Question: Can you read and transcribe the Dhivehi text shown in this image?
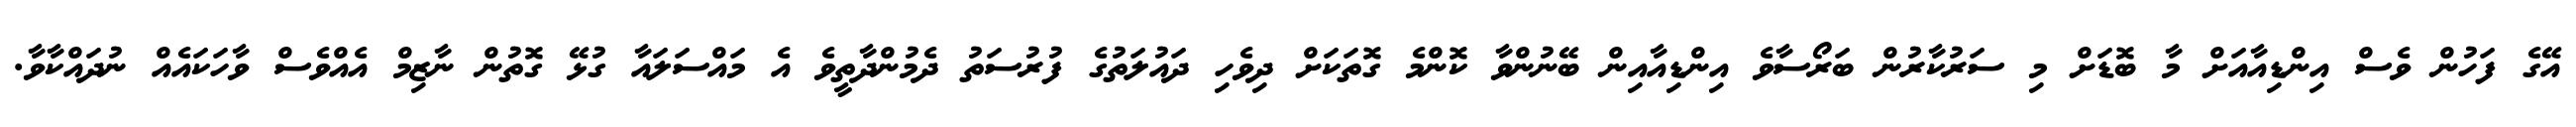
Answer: އޭގެ ފަހުން ވެސް އިންޑިއާއަށް މާ ބޮޑަށް މި ސަރުކާރުން ބަރޯސާވެ އިންޑިއާއިން ބޭނުންވާ ކޮންމެ ގޮތަކަށް ދިވެހި ދައުލަތުގެ ފުރުސަތު ދެމުންދާތީވެ އެ މައްސަލައާ ގުޅޭ ގޮތުން ނާޒިމް އެއްވެސް ވާހަކައެއް ނުދައްކާވާ.